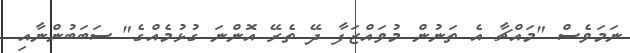
ނަމަވެސް "މައްޗާ އެ ތަނުން މުވައްޒަފާ ދޭ ތެރޭ އޮންނަ ގުޅުމެއްގެ" ސަބަބުންނާއި